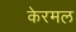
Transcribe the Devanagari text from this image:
केरमल